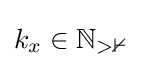
k_{x}\in \mathbb {N_{>0}}